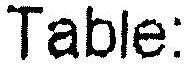
TABLE: